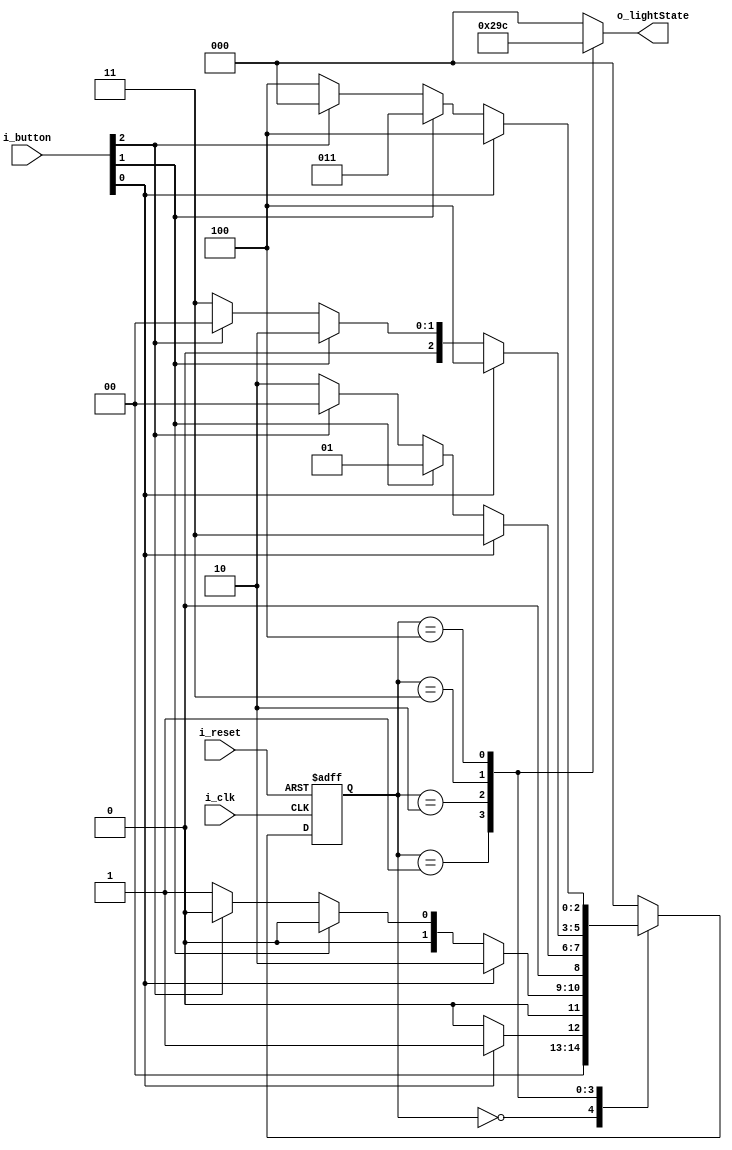
`timescale 1ns / 1ps
//////////////////////////////////////////////////////////////////////////////////
// Company: 
// Engineer: 
// 
// Design Name: 
// Module Name: FSM_LightStand
// Project Name: 
// Target Devices: 
// Tool Versions: 
// Description: 
// 
// Dependencies: 
// 
// Revision:
// Revision 0.01 - File Created
// Additional Comments:
// 
//////////////////////////////////////////////////////////////////////////////////


module FSM_LightStand(
    input i_clk, i_reset,
    input [2:0] i_button,
    output [2:0] o_lightState
    );

    parameter TRUE = 1'b1, FALSE = 1'b0;
    parameter LIGHT0 = 3'b000, LIGHT1 = 3'b001, LIGHT2 = 3'b010, LIGHT3 = 3'b011, LIGHT4 = 3'b100;
    reg [2:0] r_lightState = LIGHT0, nextState, curState;
    assign o_lightState = r_lightState;

    always @(posedge i_clk or posedge i_reset) begin
        if(i_reset) begin
            curState <= LIGHT0;
        end
        else curState <= nextState;
    end


    always @(curState or i_button or i_clk) begin
        case (curState)
            LIGHT0:
            if(i_button[0] == TRUE) begin
                nextState <= LIGHT1;
            end
            else if(i_button[1] == TRUE) begin
                nextState <= LIGHT0;
            end
            else nextState <= LIGHT0;

            LIGHT1:
            if(i_button[0] == TRUE) begin
                nextState <= LIGHT2;
            end
            else if(i_button[1] == TRUE) begin
                nextState <= LIGHT0;
            end
            else if(i_button[2] == TRUE) begin
                nextState <= LIGHT0;
            end
            else nextState <= LIGHT1;

            LIGHT2:
            if(i_button[0] == TRUE) begin
                nextState <= LIGHT3;
            end
            else if(i_button[1] == TRUE) begin
                nextState <= LIGHT1;
            end
            else if(i_button[2] == TRUE) begin
                nextState <= LIGHT0;
            end
            else nextState <= LIGHT2;

            LIGHT3:
            if(i_button[0] == TRUE) begin
                nextState <= LIGHT4;
            end
            else if(i_button[1] == TRUE) begin
                nextState <= LIGHT2;
            end
            else if(i_button[2] == TRUE) begin
                nextState <= LIGHT0;
            end
            else nextState <= LIGHT3;

            LIGHT4:
            if(i_button[0] == TRUE) begin
                nextState <= LIGHT4;
            end
            else if(i_button[1] == TRUE) begin
                nextState <= LIGHT3;
            end
            else if(i_button[2] == TRUE) begin
                nextState <= LIGHT0;
            end
            else nextState <= LIGHT4;

            default : nextState <= LIGHT0;
        endcase
    end

    always @(curState) begin
        case (curState)
            LIGHT0 : r_lightState <= 3'b000; 
            LIGHT1 : r_lightState <= 3'b001;
            LIGHT2 : r_lightState <= 3'b010;
            LIGHT3 : r_lightState <= 3'b011;
            LIGHT4 : r_lightState <= 3'b100;
            default: r_lightState <= 3'b000;
        endcase
    end
endmodule